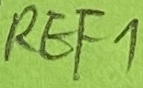
Text: REF1